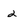
Character: 2